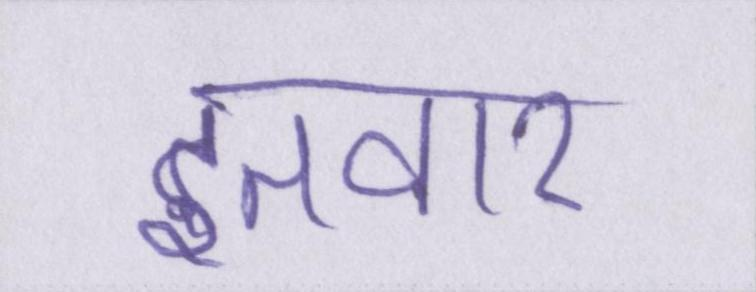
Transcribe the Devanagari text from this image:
इतवार